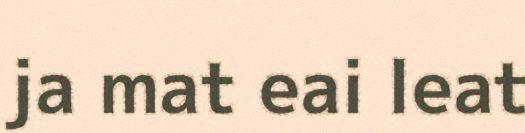
ja mat eai leat